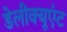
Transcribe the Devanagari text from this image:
डेलीक्यूएंट